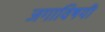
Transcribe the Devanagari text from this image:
जगाविषयी